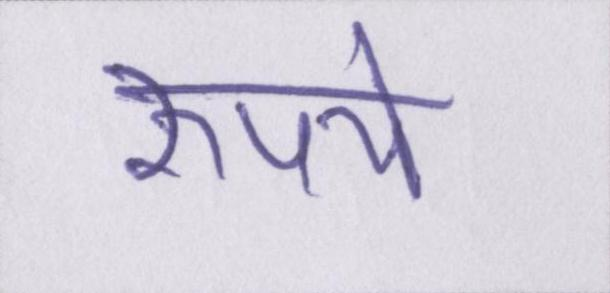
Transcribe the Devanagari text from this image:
रुपये